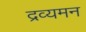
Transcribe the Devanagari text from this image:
द्रव्यमन